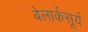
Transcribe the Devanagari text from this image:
बेलार्कसूर्य